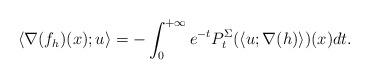
LaTeX: \begin{align*}\langle \nabla(f_h)(x) ; u \rangle = - \int_0^{+\infty} e^{-t} P_t^{\Sigma}(\langle u ; \nabla(h) \rangle)(x) dt. \end{align*}